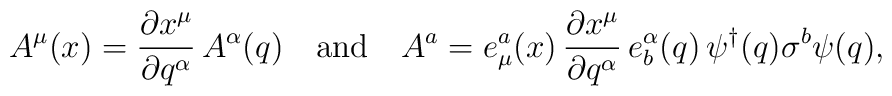
A^\mu(x) = \frac{\partial x^\mu}{\partial q^\alpha}\, A^\alpha (q)    \quad \mathrm{and} \quad  A^a =    e^a_\mu (x)\, \frac{\partial x^\mu}{\partial q^\alpha}\, e^\alpha_b (q) \,    \psi^\dagger(q)\sigma^b \psi(q),